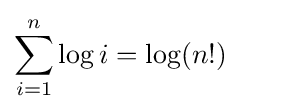
\sum _{i=1}^{n}\log i=\log(n!)\qquad